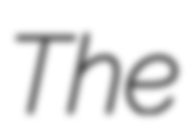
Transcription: The